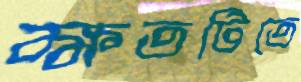
ক্ষতটিতে